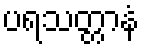
ပရသတ္တာနံ